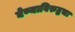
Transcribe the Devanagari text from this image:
घेण्याविरुद्धचा